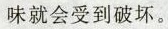
味就会受到破坏。